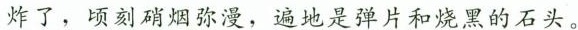
炸了，顷刻硝烟弥漫，遍地是弹片和烧黑的石头。